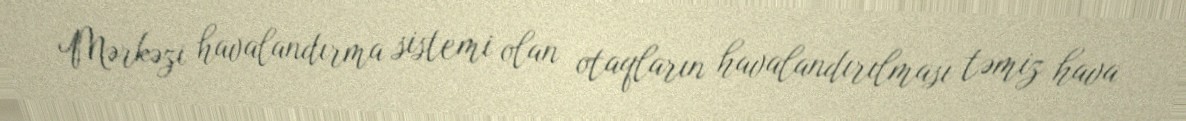
Mərkəzi havalandırma sistemi olan otaqların havalandırılması təmiz hava